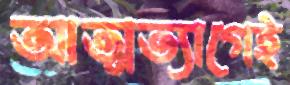
আত্মত্যাগেই